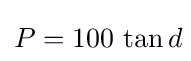
P=100\,\tan d\!